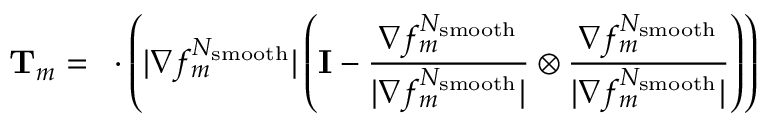
\mathbf { T } _ { m } = \mathbf { \nabla } \cdot \left( | \nabla f _ { m } ^ { N _ { \mathrm { s m o o t h } } } | \left( \mathbf { I } - \frac { \nabla f _ { m } ^ { N _ { \mathrm { s m o o t h } } } } { | \nabla f _ { m } ^ { N _ { \mathrm { s m o o t h } } } | } \otimes \frac { \nabla f _ { m } ^ { N _ { \mathrm { s m o o t h } } } } { | \nabla f _ { m } ^ { N _ { \mathrm { s m o o t h } } } | } \right) \right)